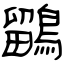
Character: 鶹